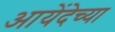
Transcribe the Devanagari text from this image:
आयेंदेच्या